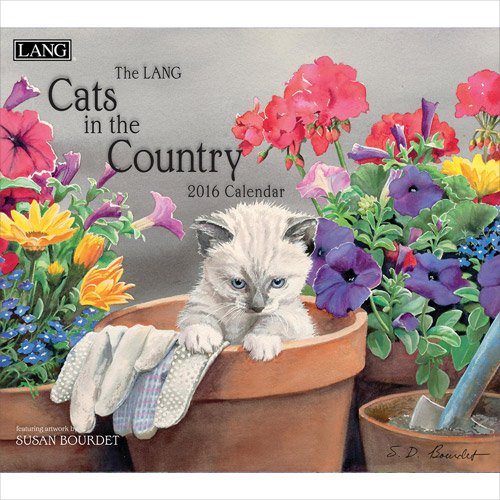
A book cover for Cats in the Country 2016 Calendar; Calendars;